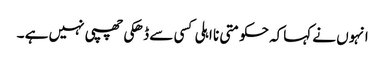
انہوں نے کہاکہ حکومتی نا اہلی کسی سے ڈھکی چھپی نہیں ہے ۔